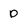
Character: 0